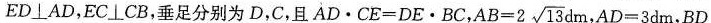
ED\bot AD，EC\bot CB，垂足分别为D，C，且$$A D \cdot C E = D E \cdot B C$$， $$A B = 2 \sqrt { 1 3 } d m$$ $$A D = 3 d m$$，$$B D